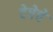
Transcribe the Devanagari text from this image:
देपेचे